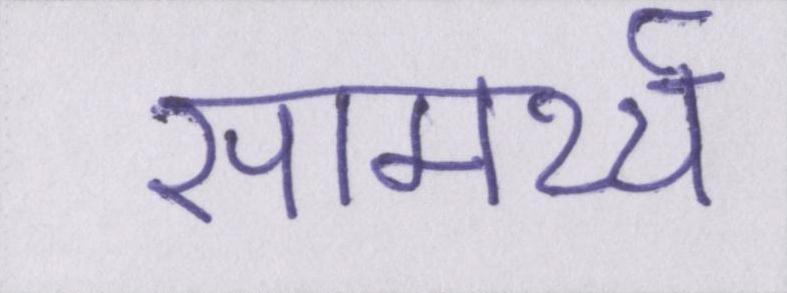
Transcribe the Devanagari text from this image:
सामर्थ्य